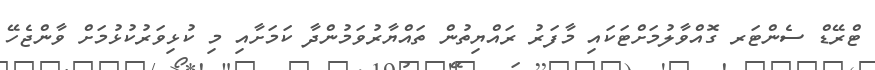
ޓްރޭޑް ސެންޓަރ ގޮއްވާލުމަށްޓަކައި މާފަރު ރައްޔިތުން ތައްޔާރުވަމުންދާ ކަމަށާއި މި ކުޅިވަރުކުޅުމަށް ވާންޖެހޭ